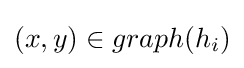
(x,y)\in graph(h_{i})